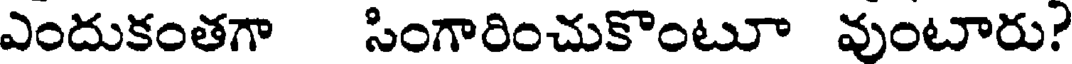
ఎందుకంతగా సింగారించుకొంటూ వుంటారు?